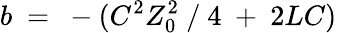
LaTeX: b~=~-(C^{2}Z_{0}^{2}~/~4~+~2LC)